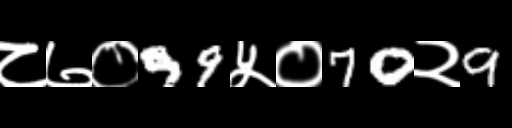
Text: ८७०99५०70२9